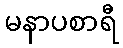
မနာပစာရီ